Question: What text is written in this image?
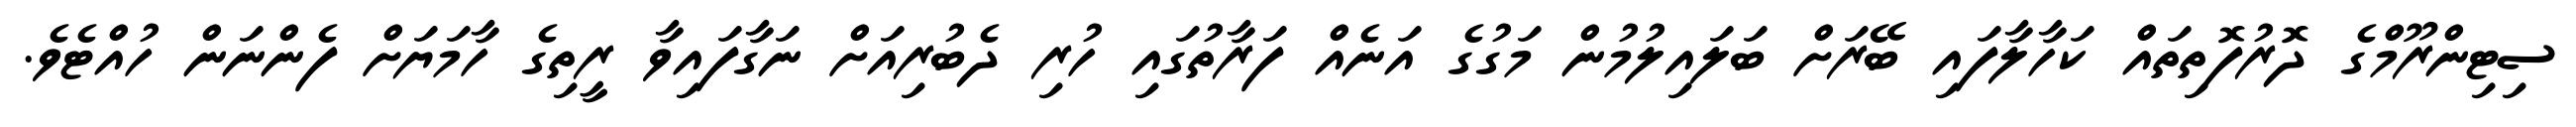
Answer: ސިޓިންރޫމްގެ ދޮރުފޮތިތައް ކަހާލާފައި ބޭރަށް ބަލައިލުމުން މަގުގެ އަނެއް ފަރާތުގައި ހުރި ދެބުރިއަށް ނަގާފައިވާ ރީތިގެ ހާމަޔަށް ފެންނަން ހުއްޓެވެ.